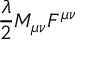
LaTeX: { \frac { \lambda } { 2 } } M _ { \mu \nu } F ^ { \mu \nu }